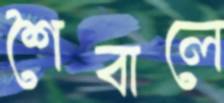
শৈবালে